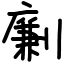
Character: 劆